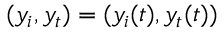
( y _ { i } , y _ { t } ) = ( y _ { i } ( t ) , y _ { t } ( t ) )